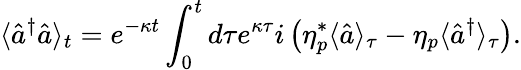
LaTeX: \langle\hat{a}^{\dagger}\hat{a}\rangle_{t}=e^{-\kappa t}\int_{0}^{t}d\tau e^{\kappa\tau}i\left(\eta_{p}^{*}\langle\hat{a}\rangle_{\tau}-\eta_{p}\langle\hat{a}^{\dagger}\rangle_{\tau}\right).